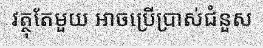
វត្ថុតែមួយ អាចប្រើប្រាស់ជំនួស